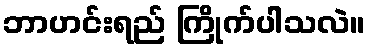
ဘာဟင်းရည် ကြိုက်ပါသလဲ။